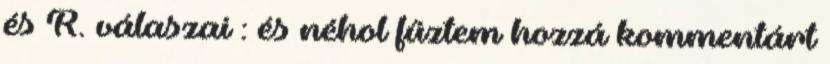
és R. válaszai : és néhol fűztem hozzá kommentárt